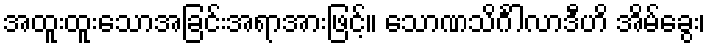
အထူးထူးသောအခြင်းအရာအားဖြင့်။ သောဏသိင်္ဂါလာဒီဟိ အိမ်ခွေး၊